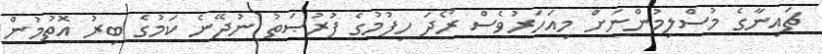
ޗައިނާގެ މުސްލިމުންނަށް މިއަހަރުވެސް ރޯދަ ހިފުމުގެ ފުރުޞަތު ނުދޭނެ ކަމުގެ ބިރު އޮތުމުން